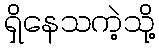
ရှိနေသကဲ့သို့